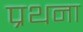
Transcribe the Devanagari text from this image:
प्रथना